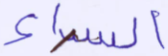
السراء